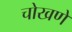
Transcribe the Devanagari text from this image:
चोखणे